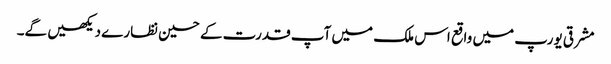
مشرقی یورپ میں واقع اس ملک میں آپ قدرت کے حسین نظارے دیکھیں گے۔